Annual report of the Bengal Veterinary College and of the Civil Veterinary Department, Bengal, for the year 1911-1912 - 1911-1912
Year: 1911
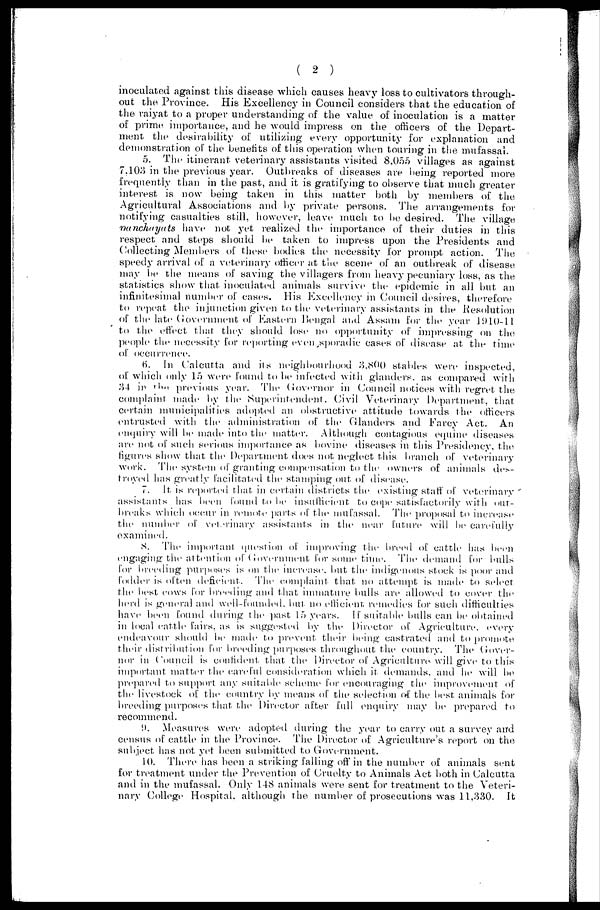
( 2 )
inoculated against this disease which causes heavy loss to cultivators through-
out the Province. His Excellency in Council considers that the education of
the raiyat to a proper understanding of the value of inoculation is a matter
of prime importance, and he would impress on the officers of the Depart-
ment the desirability of utilizing every opportunity for explanation and
demonstration of the benefits of this operation when touring in the mufassal.
5. The itinerant veterinary assistants visited 8,055 villages as against
7.103 in the previous year. Outbreaks of diseases are being reported more
frequently than in the past, and it is gratifying to observe that much greater
interest is now being taken in this matter both by members of the
Agricultural Associations and by private persons. The arrangements for
notifying casualties still, however, leave much to be desired. The village
panchayats have not yet realized the importance of their duties in this
respect and steps should be taken to impress upon the Presidents and
Collecting Members of these bodies the necessity for prompt action. The
speedy arrival of a veterinary officer at the scene of an outbreak of disease
may be the means of saving the villagers from heavy pecuniary loss, as the
statistics show that inoculated animals survive the epidemic in all but an
infinitesimal number of cases. His Excellency in Council desires, therefore
to repeat the injunction given to the veterinary assistants in the Resolution
of the late Government of Eastern Bengal and Assam for the year 1910-11
to the effect that they should lose no opportunity of impressing on the
people the necessity for reporting even sporadic cases of: disease at the time
of occurrence.
6. In Calcutta and its neighbourhood 3,800 stables were inspected,
of which only 15 were found to be infected with glanders, as compared with
34 in the previous year. The Governor in Council notices with regret the
complaint made by the Superintendent. Civil Veterinary Department, that
certain municipalities adopted an obstructive attitude towards the officers
entrusted with the administration of the Glanders and Farcy Act. An
enquiry will be made into the matter. Although contagious equine diseases
are not of such serious importance as bovine diseases in this Presidency, the
figures show that the Department does not neglect this branch of veterinary
work. The system of granting compensation to the owners of animals des-
troyed has greatly facilitated the stamping out of disease.
7. It is reported that in certain districts the existing staff of veterinary
assistants has been found to be insufficient to cope satisfactorily with out-
breaks which occur in remote parts of the mufassal. The proposal to increase
the number of veterinary assistants in the near future will be carefully
examined.
8. The important question of improving the breed of cattle has been
engaging the attention of Government for some time. The demand for bulls
for breeding purposes is on the increase, but the indigenous stock is poor and
fodder is often deficient. The complaint that no attempt is made to select
the best cows for breeding and that immature bulls are allowed to cover the
herd is general and well-founded, but no efficient remedies for such difficulties
have been found during the past 15 years. If suitable bulls can be obtained
in local cattle fairs, as is suggested by the Director of Agriculture, every
endeavour should be made to prevent their being castrated and to promote
their distribution for breeding purposes throughout the country. The Gover-
nor in Council is confident that the Director of Agriculture will give to this
important matter the careful consideration which it demands, and he will be
prepared to support any suitable scheme for encouraging the improvement of
the livestock of the country by means of the selection of the best animals for
breeding purposes that the Director after full enquiry may be prepared to
recommend.
9. Measures were adopted during the year to carry out a survey and
census of cattle in the Province. The Director of Agriculture's report on the
subject has not yet been submitted to Government.
10. There has been a striking falling off in the number of animals sent
for treatment under the Prevention of Cruelty to Animals Act both in Calcutta
and in the mufassal. Only 148 animals were sent for treatment to the Veteri-
nary College Hospital, although the number of prosecutions was 11,330. It